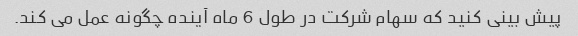
پیش بینی کنید که سهام شرکت در طول 6 ماه آینده چگونه عمل می کند.